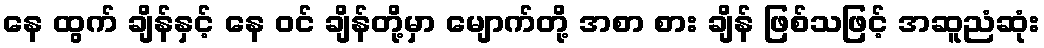
နေ ထွက် ချိန်နှင့် နေ ဝင် ချိန်တို့မှာ မျောက်တို့ အစာ စား ချိန် ဖြစ်သဖြင့် အဆူညံဆုံး